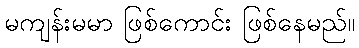
မကျန်းမမာ ဖြစ်ကောင်း ဖြစ်နေမည်။